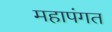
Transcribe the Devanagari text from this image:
महापंगत